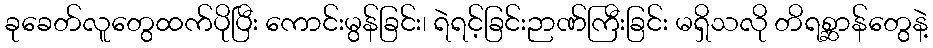
ခုခေတ်လူတွေထက်ပိုပြီး ကောင်းမွန်ခြင်း၊ ရဲရင့်ခြင်းဉာဏ်ကြီးခြင်း မရှိသလို တိရစ္ဆာန်တွေနဲ့